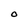
Character: O